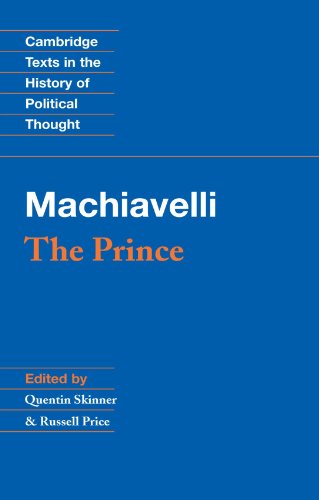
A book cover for Machiavelli: The Prince (Cambridge Texts in the History of Political Thought); Niccolo Machiavelli; Politics & Social Sciences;